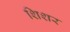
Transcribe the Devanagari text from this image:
शिशर